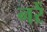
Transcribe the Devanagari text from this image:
नरें